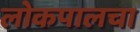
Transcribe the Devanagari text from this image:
लोकपालचा